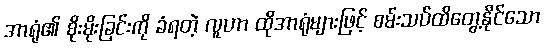
အာရုံ၏ စိုးမိုးခြင်းကို ခံရတဲ့ လူဟာ ထိုအာရုံများဖြင့် စမ်းသပ်ထိတွေ့နိုင်သော